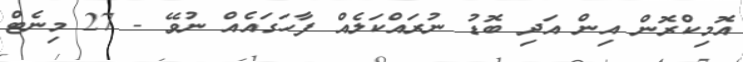
އޮމިކްރޮން އިން އަދި ބޮޑު ނުރައްކަލެއް ފާހަގައެއް ނުވޭ - 27 މިނެޓް